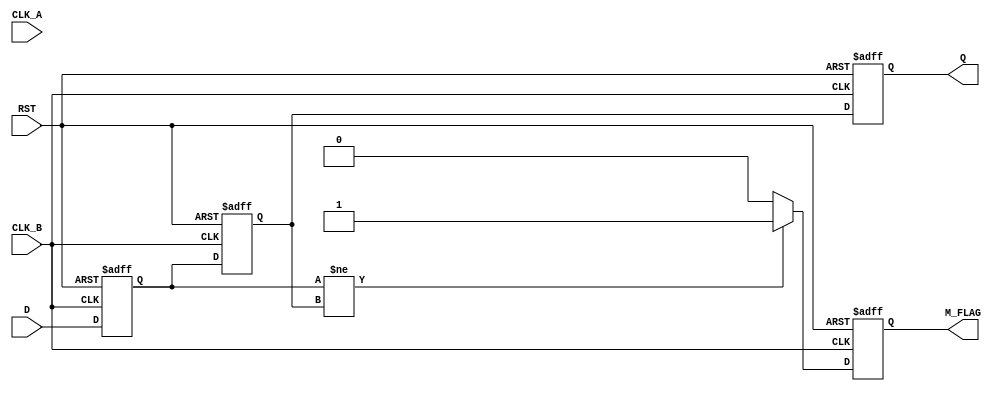
module cdc_detector (
    input wire D,            // Data signal to be monitored
    input wire CLK_A,        // Clock signal of the source domain
    input wire CLK_B,        // Clock signal of the destination domain
    input wire RST,          // Asynchronous reset
    output reg M_FLAG,       // Metastability flag
    output reg Q            // Synchronized output
);

    reg D_ff1;              // First flip-flop output
    reg D_ff2;              // Second flip-flop output

    // Synchronization process in the destination clock domain (CLK_B)
    always @(posedge CLK_B or posedge RST) begin
        if (RST) begin
            D_ff1 <= 1'b0;
            D_ff2 <= 1'b0;
            M_FLAG <= 1'b0;
            Q <= 1'b0;
        end else begin
            D_ff1 <= D;       // Sample the data signal
            D_ff2 <= D_ff1;   // Second stage of synchronization
            Q <= D_ff2;       // Output the synchronized signal
            
            // Metastability detection logic
            if (D_ff1 != D_ff2) begin
                M_FLAG <= 1'b1; // Potential metastability detected
            end else begin
                M_FLAG <= 1'b0; // No metastability detected
            end
        end
    end

endmodule